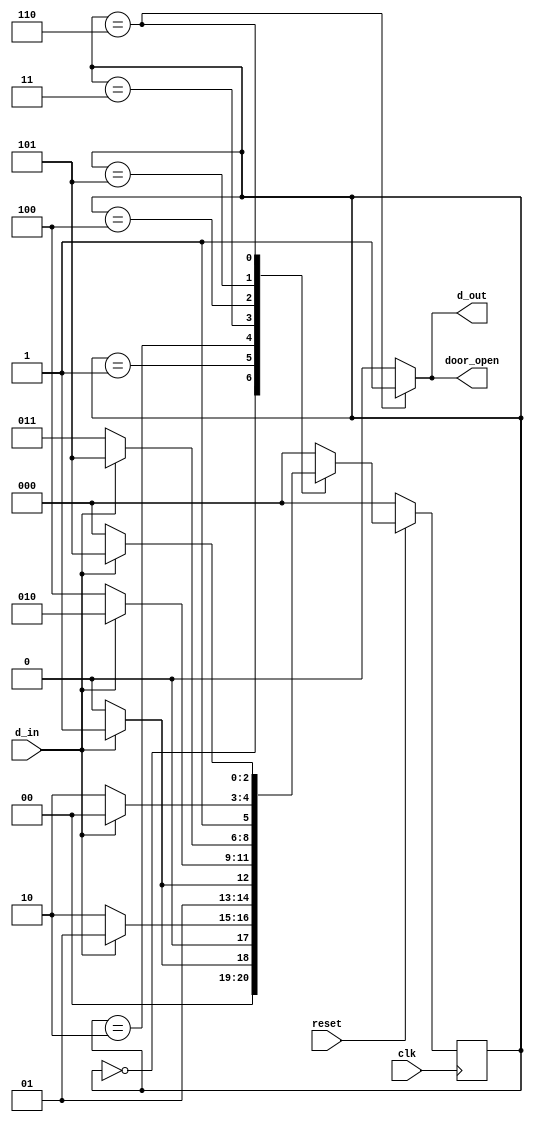
module seq(d_in,d_out,door_open,clk,reset);
	input d_in,clk,reset;
	output d_out, door_open;
	parameter s0=0,s1=1,s2=2,s3=3,s4=4,s5=5,s6=6;
	reg [2:0]state,ns;
	reg d_out;
//	reg door_open;
    assign door_open=d_out;
	always@(posedge clk)
	begin
	if(reset==0) state<=s0;
	else state<=ns;
    end

    always@(d_in,state)
    begin
    	case(state)
    		s0: begin
    			if(d_in==1) begin ns<=s1; end 
    			else begin ns<=s0; end	
    			end 
    		s1: begin
    			if(d_in==0) begin ns<=s2; end 
    			else begin ns<=s1; end	
    			end
    		s2: begin
    			if(d_in==1) begin ns<=s3; end 
    			else begin ns<=s2; end	
    			end 	
    		s3: begin
    			if(d_in==0) begin ns<=s4; end 
    			else begin ns<=s2; end	
    			end 
    		s4: begin
    			if(d_in==1) begin ns<=s5; end 
    			else begin ns<=s3; end	
    			end 	
    		s5: begin
    			if(d_in==0) begin ns<=s6; end 
    			else begin ns<=s4; end	
    			end
    		s6: begin
    			if(d_in==1) begin ns<=s5; end 
    			else begin ns<=s0; end	
    			end 
    		default: ns<=s0;
    	endcase // state
    end

    always@(state)
    begin
    	case(state)
    		s0: d_out=0;
    		s1: d_out=0;
    		s3: d_out=0;
    		s4: d_out=0;
    		s5: d_out=0;
    		s6: d_out=1;
    		default: d_out=0;
    	endcase // state
    end

endmodule